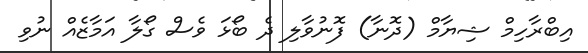
އިބްރާހިމް ޝިޔާމް (ދޮނާ) ފޮނުވާލި ދެ ބޯޅަ ވެސް ގޯލާ އަމާޒެއް ނުވި